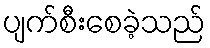
ပျက်စီးစေခဲ့သည်